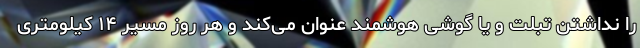
را نداشتن تبلت و یا گوشی هوشمند عنوان می‌کند و هر روز مسیر ۱۴ کیلومتری